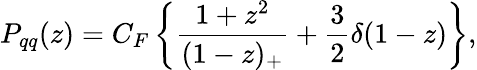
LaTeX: P_{qq}(z)=C_{F}\left\{ {{\frac{1+z^{2}}{(1-z)_{+}}}+{\frac{3}{2}}\delta(1-z)}\right\} ,